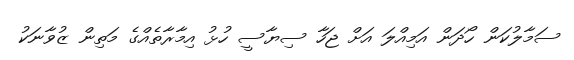
ސަމާލުކަން ހޯދަން އަމިއްލަ އަށް ޖަހާ ސިޔާސީ ހުޅު އިމާރާތެއްގެ މަތިން ޒުވާނަކު